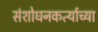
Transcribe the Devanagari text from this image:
संशोधनकर्त्याच्या